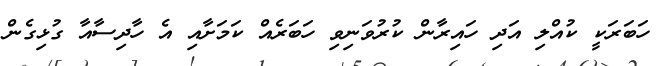
ހަބަރަކީ ކުއްލި އަދި ހައިރާން ކުރުވަނިވި ހަބަރެއް ކަމަށާއި އެ ހާދިސާއާ ގުޅިގެން